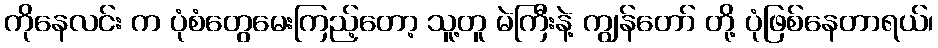
ကိုနေလင်း က ပုံစံတွေမေးကြည့်တော့ သူ့တူ မဲကြီးနဲ့ ကျွန်တော် တို့ ပုံဖြစ်နေတာရယ်၊